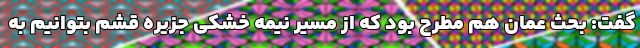
گفت: بحث عمان هم مطرح بود که از مسیر نیمه خشکی جزیره قشم بتوانیم به